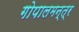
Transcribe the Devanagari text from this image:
गोपालमन्त्र